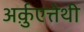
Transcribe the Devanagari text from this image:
अर्क़ुएत्तेथी